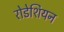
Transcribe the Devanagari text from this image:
रोडेशियन